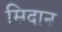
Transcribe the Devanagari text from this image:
सिदान